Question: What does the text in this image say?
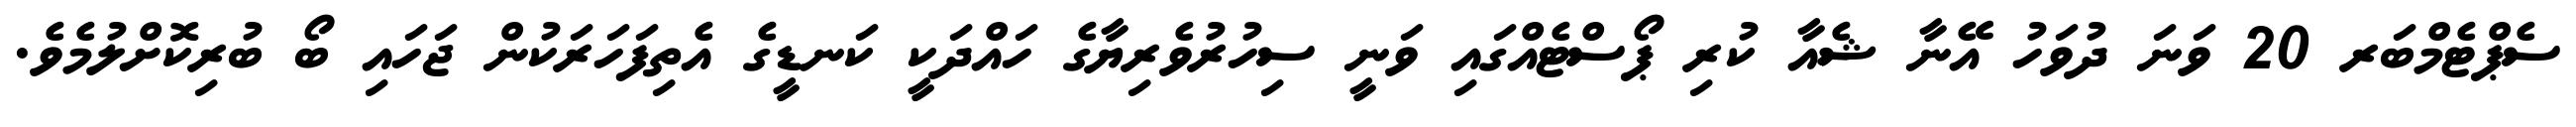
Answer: ސެޕްޓެމްބަރ 20 ވަނަ ދުވަހު އޭނާ ޝެއާ ކުރި ޕޯސްޓެއްގައި ވަނީ ސިހުރުވެރިޔާގެ ހައްދަކީ ކަނޑީގެ އެތިފަހަރަކުން ޖަހައި ބޯ ބުރިކޮށްލުމެވެ.